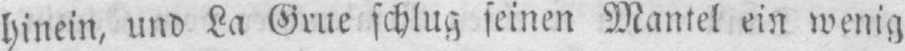
hinein, und La Grue schlug seinen Mantel ein wenig